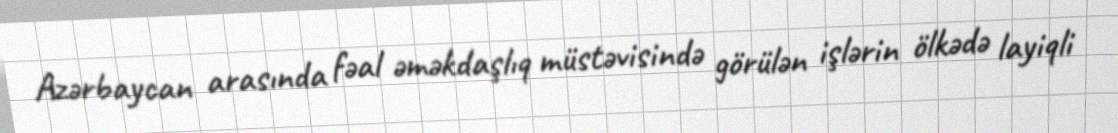
Azərbaycan arasında fəal əməkdaşlıq müstəvisində görülən işlərin ölkədə layiqli